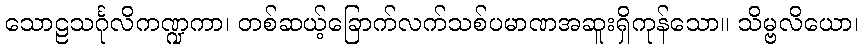
သောဠသင်္ဂုလိကဏ္ဍကာ၊ တစ်ဆယ့်ခြောက်လက်သစ်ပမာဏအဆူးရှိကုန်သော။ သိမ္ဗလိယော၊